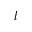
l